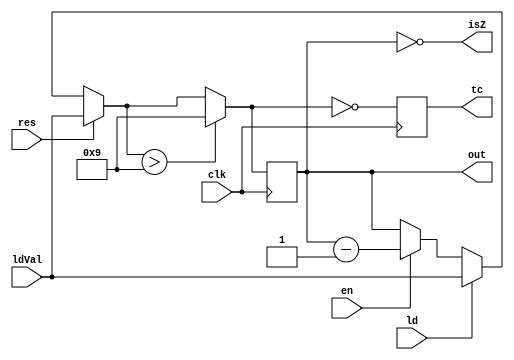
`timescale 1ns / 1ps

module DecDCounter(
input clk,
    input ld,
    input [3:0] ldVal,
    input en,
    input res,
    output reg[3:0] out,
    output tc,
    output isZ
    );
    
    reg [3:0]counter;
        reg tcBuff;
        
        initial begin 
            counter <= 'd9;
            out <= 'd9;
        end 
        
        assign tc = tcBuff;//counter[3] & ~counter[2] & ~counter[1] & counter[0];
        assign isZ = counter == 0;
        
        always@(posedge(clk)) begin
            if(res) begin
                counter = ldVal;
            end 
            else if(ld) begin
                counter = ldVal;
            end
            else if(en) begin
                counter = counter - 1;
            end
            if(counter > 'd9) begin
                counter = 'd9;
                out = 'd9;
            end
            tcBuff = counter == 'd0;
            out = counter;
        end
endmodule